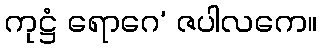
ကုဋ္ဌံ ရောဂေ’ ဇပါလကေ။